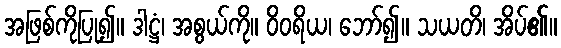
အဖြစ်ကိုပြု၍။ ဒါဋ္ဌံ၊ အစွယ်ကို။ ဝိဝရိယ၊ ဘော်၍။ သယတိ၊ အိပ်၏။